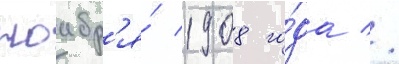
ноабр'я́ 1908 го́да //